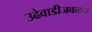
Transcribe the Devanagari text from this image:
उढेवाडीजवळच